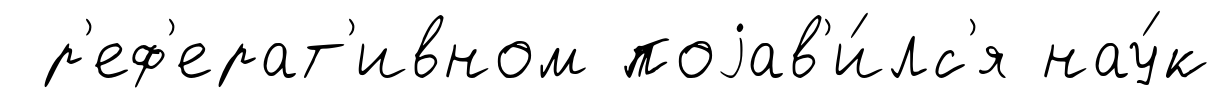
р'еф'ерат'ивном поjав'и́лс'я нау́к